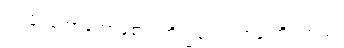
ဝဒါမိ၊ ဟောတော်မူ၏။ ဘိက္ခဝေ၊ ရဟန်းတို့။ အယံ၊